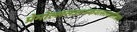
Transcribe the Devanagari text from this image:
प्रेमोल्लसज्जनकवत्सलवारिराशे।